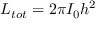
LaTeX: L _ { t o t } = 2 \pi I _ { 0 } h ^ { 2 }